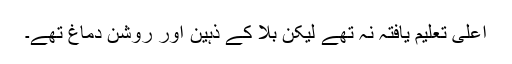
اعلیٰ تعلیم یافتہ نہ تھے لیکن بلا کے ذہین اور روشن دماغ تھے۔